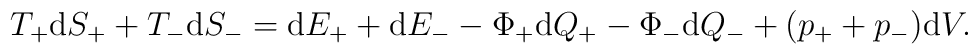
T_+\mathrm{d}S_+ + T_-\mathrm{d}S_- = \mathrm{d}E_+ + \mathrm{d}E_- -\Phi_+ \mathrm{d}Q_+ - \Phi_- \mathrm{d}Q_- + (p_+ + p_-)\mathrm{d}V.